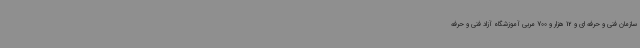
سازمان فنی و حرفه ای و 12 هزار و 700 مربی آموزشگاه آزاد فنی و حرفه